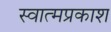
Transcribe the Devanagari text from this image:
स्वात्मप्रकाश